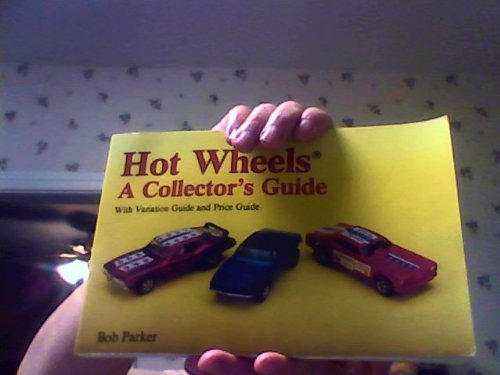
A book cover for Hot Wheels: A Collector's Guide; Bob Parker; Crafts, Hobbies & Home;